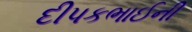
દીપકભાઈની